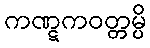
ကဏ္ဋကဝတ္တမ္ပိ